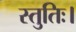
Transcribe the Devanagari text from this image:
स्तुतिः।